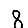
Digit: 8